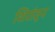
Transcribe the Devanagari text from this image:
शिरांतून